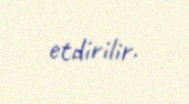
etdirilir.